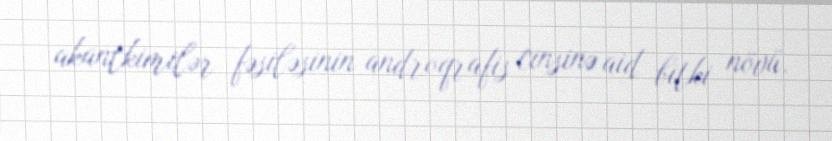
akantkimilər fəsiləsinin androqrafis cinsinə aid bitki növü.